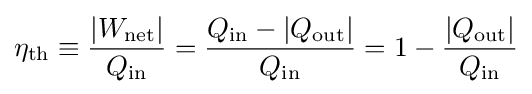
\eta _{\rm {th}}\equiv {\frac {|W_{\rm {net}}|}{Q_{\rm {in}}}}={\frac {{Q_{\rm {in}}}-|Q_{\rm {out}}|}{Q_{\rm {in}}}}=1-{\frac {|Q_{\rm {out}}|}{Q_{\rm {in}}}}